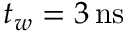
t _ { w } = 3 \, \mathrm { n s }